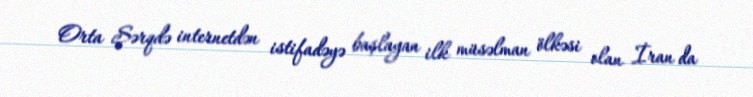
Orta Şərqdə internetdən istifadəyə başlayan ilk müsəlman ölkəsi olan İran da